Civil Veterinary Department. Madras. Admin. report 1926-33 - 1926-1933
Year: 1926
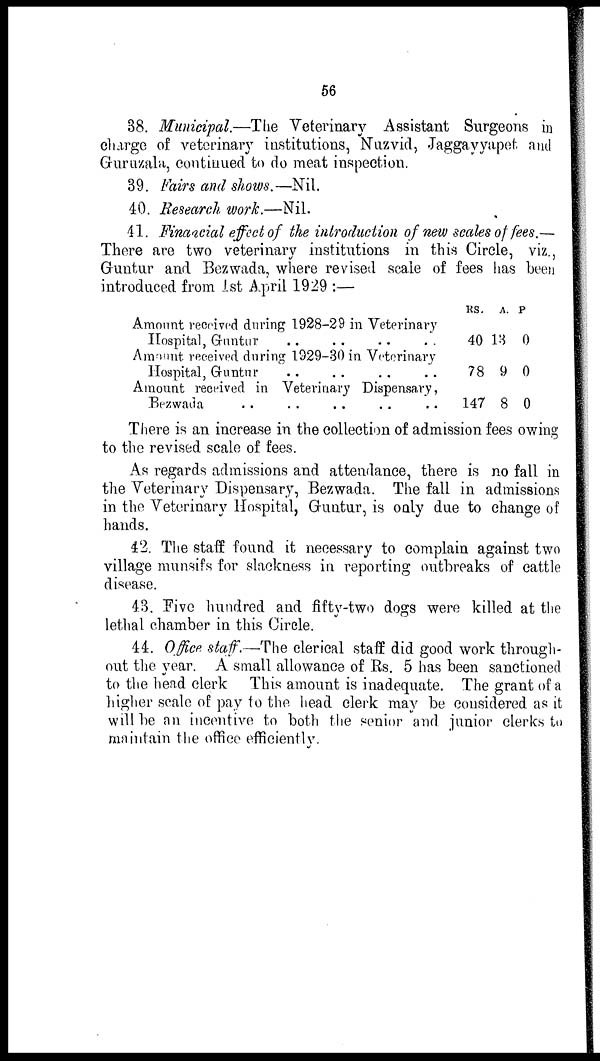
56
38. Municipal.—The Veterinary Assistant Surgeons in
charge of veterinary institutions, Nuzvid, Jaggayyapet and
Guruzala, continued to do meat inspection.
39. Fairs and shows.—Nil.
40. Research work.—Nil.
41. Financial effect of the introduction of new scales of fees.—
There are two veterinary institutions in this Circle, viz.,
Guntur and Bezwada, where revised scale of fees has been
introduced from 1st April 1929 :—
Amount received during 1928-29 in Veterinary
Hospital, Guntur .. .. .. ..
Amount received during 1929-30 in Veterinary
Hospital, Guntur .. .. .. ..
Amount received in Veterinary Dispensary,
Bezwada .. .. .. .. ..
RS.
40
78
147
A.
13
9
8
P
0
0
0
There is an increase in the collection of admission fees owing
to the revised scale of fees.
As regards admissions and attendance, there is no fail in
the Veterinary Dispensary, Bezwada. The fall in admissions
in the Veterinary Hospital, Guntur, is only due to change of
hands.
42. The staff found it necessary to complain against two
village munsifs for slackness in reporting outbreaks of cattle
disease.
43. Five hundred and fifty-two dogs were killed at the
lethal chamber in this Circle.
44. Office staff.—The clerical staff did good work through-
out the year. A small allowance of Rs. 5 has been sanctioned
to the head clerk This amount is inadequate. The grant of a
higher scale of pay to the head clerk may be considered as it
will be an incentive to both the senior and junior clerks to
maintain the office efficiently.